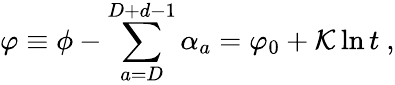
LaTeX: \varphi\equiv\phi-\sum_{a=D}^{D+d-1}\alpha_{a}=\varphi_{0}+{\cal K}\ln t\ ,